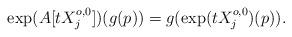
LaTeX: \begin{align*} \exp(A[tX_j^{o,0}])(g(p)) = g(\exp(tX_j^{o,0})(p)) . \end{align*}